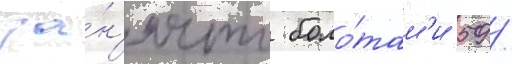
за́н'ято боло́там'и 59 /